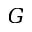
G